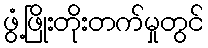
ဖွံ့ဖြိုးတိုးတက်မှုတွင်